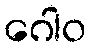
ဂေါဝ